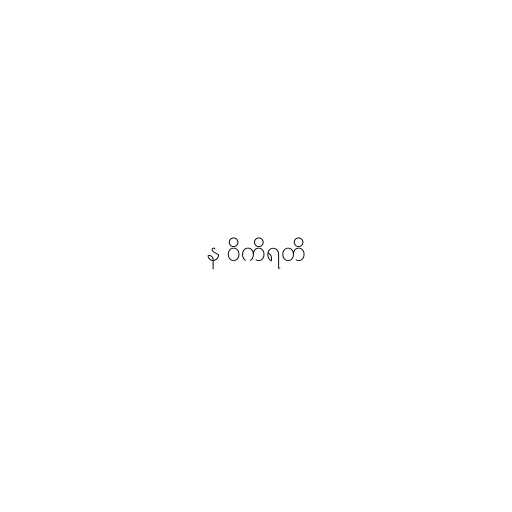
န ဝိကိရတိ